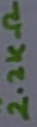
Text: 2.2KΩ